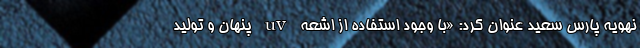
نهویه پارس سعید عنوان کرد:‌ «با وجود استفاده از اشعه uv پنهان و تولید